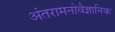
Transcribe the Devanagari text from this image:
अंतरामनोवैज्ञानिक